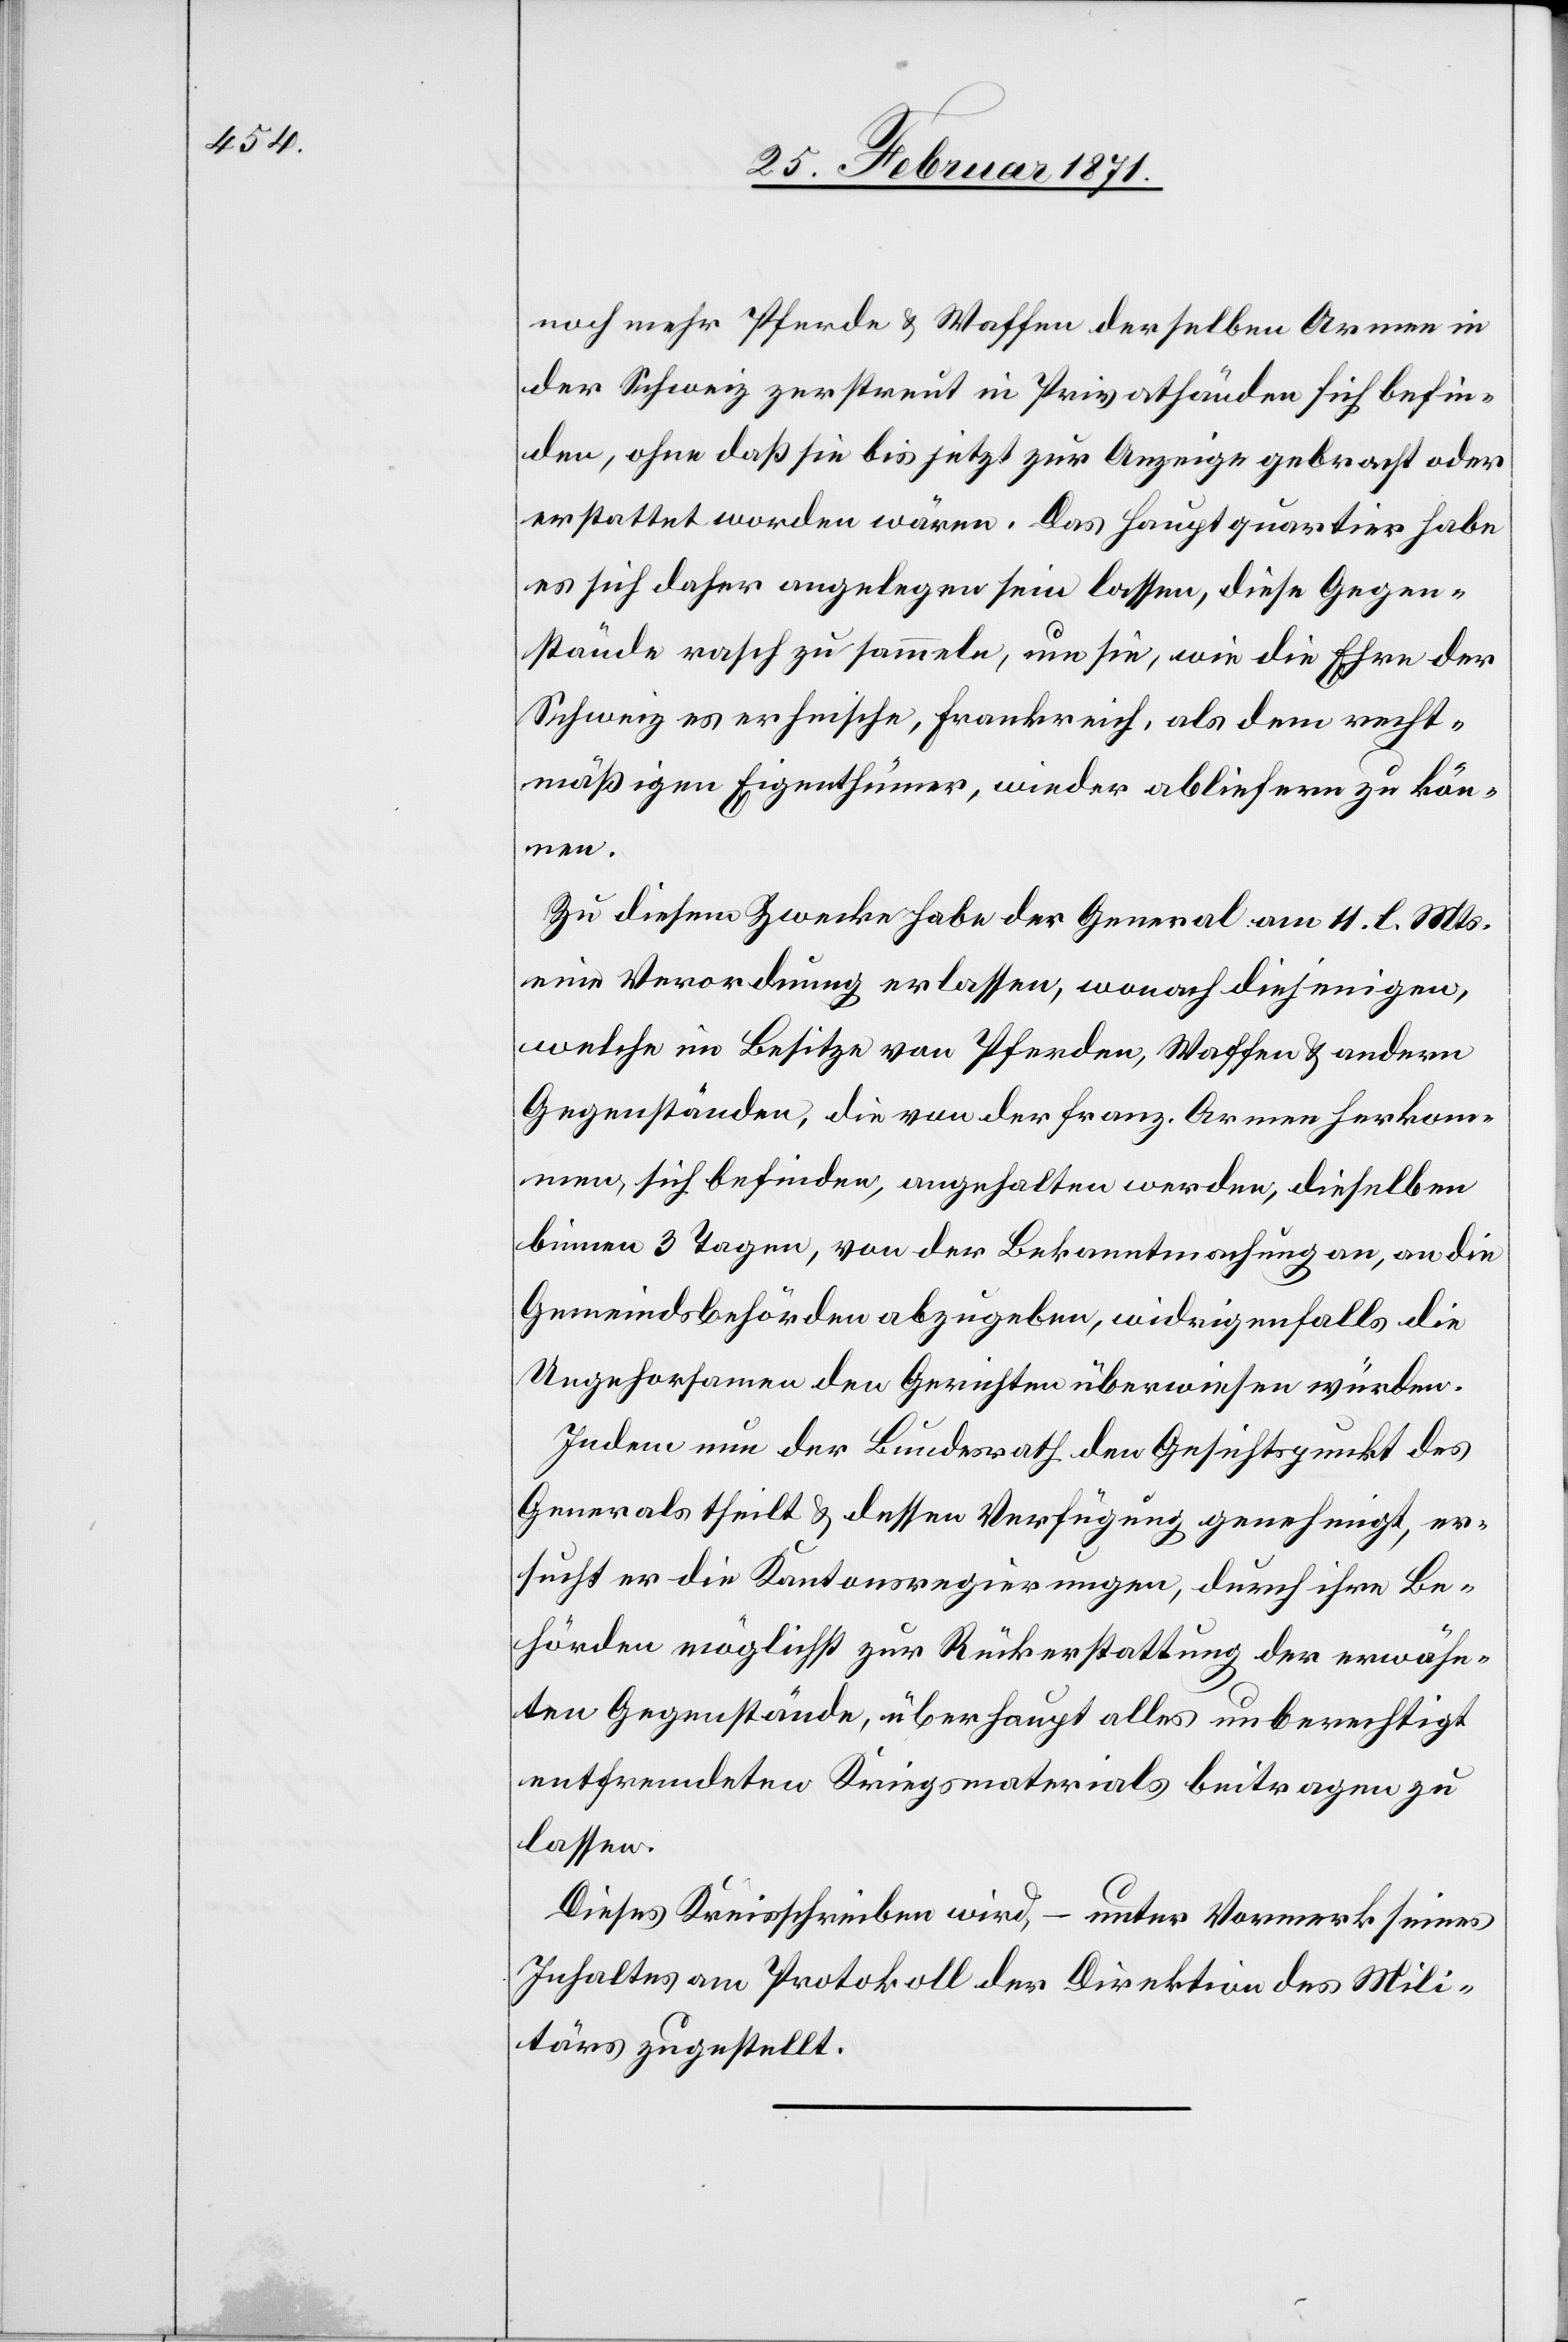
noch mehr Pferde u. Waffen der selben Armee in
der Schweiz zerstreut in Privathänden sich befin¬
den, ohne daß sie bis jetzt zur Anzeige gebracht oder
erstattet worden wären. Das Hauptquartier habe
es sich daher angelegen sein lassen, diese Gegen¬
stände rasch zu sammeln, um sie, wie die Ehre der
Schweiz es erheische, Frankreich, als dem recht¬
mäßigen Eigenthümer, wieder abliefern zu kön¬
nen.
Zu diesem Zwecke habe der General am 11. l. Mts.
eine Verordnung erlassen, wonach diejenigen,
welche im Besitze von Pferden, Waffen u. andern
Gegenständen, die von der franz. Armee herkom¬
men, sich befinden, angehalten werden, dieselben
binnen 3 Tagen, von der Bekanntmachung an, an die
Gemeindsbehörden abzugeben, widrigenfalls die
Ungehorsamen den Gerichten überwiesen würden.
Indem nun der Bundesrath den Gesichtspunkt des
Generals theilt u. dessen Verfügung genehmigt, er¬
sucht er die Kantonsregierungen, durch ihre Be¬
hörden möglichst zur Rückerstattung der erwähn¬
ten Gegenstände, überhaupt alles unberechtigt
entfremdeten Kriegsmaterials beitragen zu
lassen.
Dieses Kreisschreiben wird, – unter Vormerk seines
Inhaltes am Protokoll der Direktion des Mili¬
tärs zugestellt.